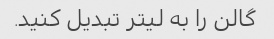
گالن را به لیتر تبدیل کنید.